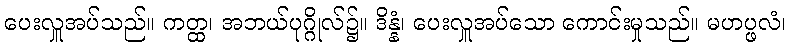
ပေးလှူအပ်သည်။ ကတ္ထ၊ အဘယ်ပုဂ္ဂိုလ်၌။ ဒိန္နံ၊ ပေးလှူအပ်သော ကောင်းမှုသည်။ မဟပ္ဖလံ၊